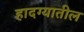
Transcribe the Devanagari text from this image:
हादग्यातील